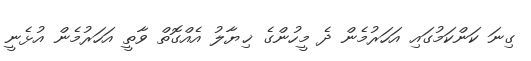
ގިނަ ކަންކަމުގައި އަހަރުމެން ދެ މީހުންގެ ޚިޔާލު އެއްގޮތް ވާތީ އަހަރުމެން އުޅެނީ